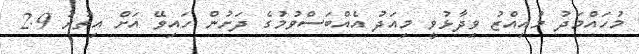
މުހައްމަދު މުއިއްޒު ވިދާޅުވީ މިއަދު އެއްބަސްވުމުގެ ދަށުން ހައިވޭ އަށް އިތުރު 2.9